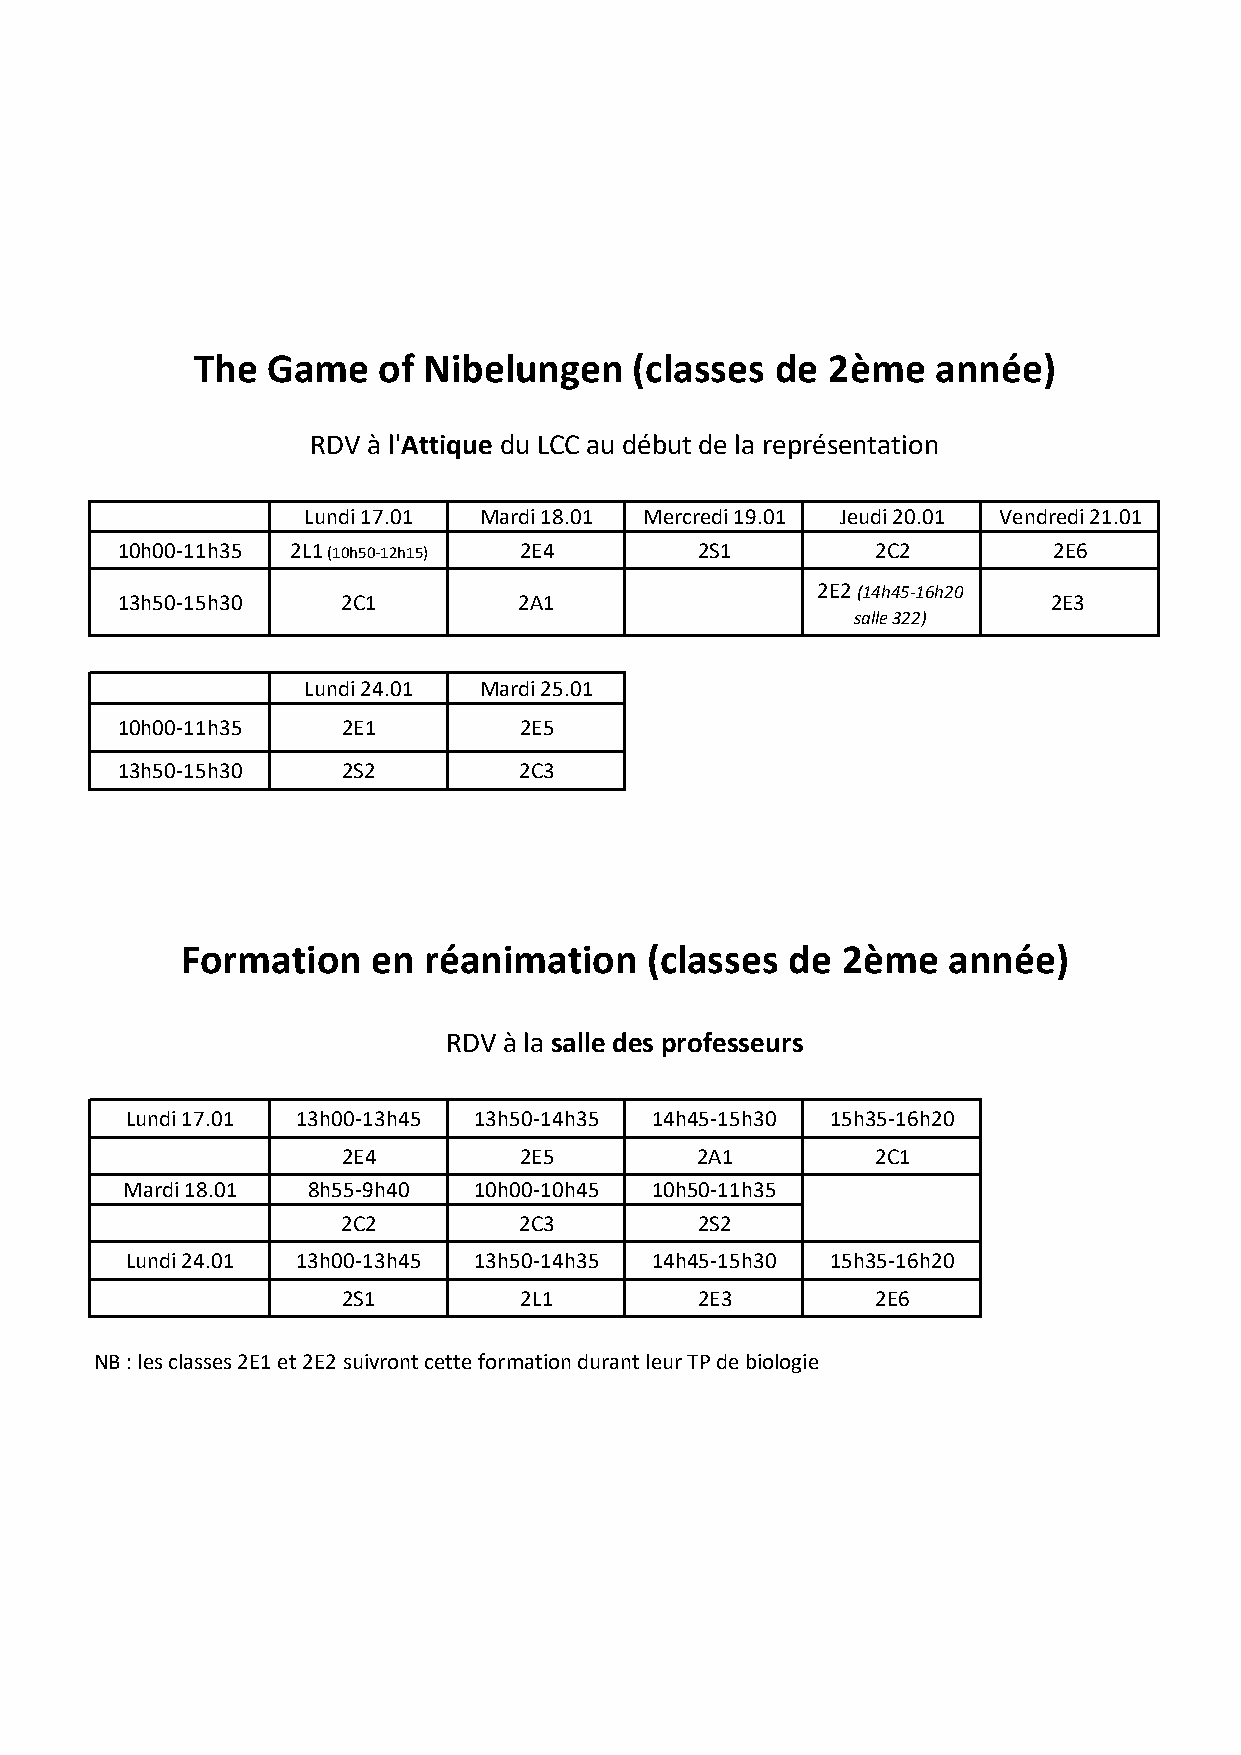
The  Game   of Nibelungen    (classes de  2ème   année)
 RDV à l'Attique du LCC au début de la représentation
 Lundi 17.01 Mardi 18.01 Mercredi 19.01 Jeudi 20.01 Vendredi 21.01
 10h00-11h35 2L1 (10h50-12h15) 2E4     2S1         2C2         2E6
 2E2 (14h45-16h20
 13h50-15h30    2C1        2A1                                 2E3
 salle 322)
 Lundi 24.01 Mardi 25.01
 10h00-11h35    2E1        2E5
 13h50-15h30    2S2        2C3
 Formation    en réanimation    (classes de  2ème   année)
 RDV à la salle des professeurs
 Lundi 17.01 13h00-13h45 13h50-14h35 14h45-15h30 15h35-16h20
 2E4        2E5         2A1         2C1
 Mardi 18.01 8h55-9h40  10h00-10h45 10h50-11h35
 2C2        2C3         2S2
 Lundi 24.01 13h00-13h45 13h50-14h35 14h45-15h30 15h35-16h20
 2S1        2L1         2E3         2E6
 NB : les classes 2E1 et 2E2 suivront cette formation durant leur TP de biologie